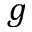
g